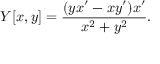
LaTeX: Y [ x , y ] = { \frac { ( y x ^ { \prime } - x y ^ { \prime } ) x ^ { \prime } } { x ^ { 2 } + y ^ { 2 } } } .